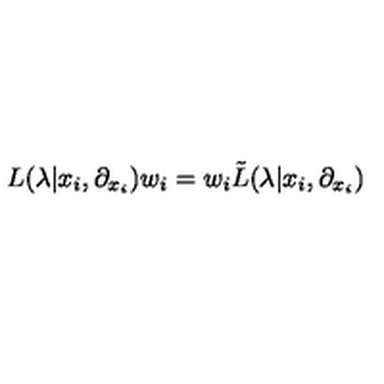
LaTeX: L ( \lambda | x _ { i } , \partial _ { x _ { i } } ) w _ { i } = w _ { i } { \tilde { L } } ( \lambda | x _ { i } , \partial _ { x _ { i } } )